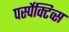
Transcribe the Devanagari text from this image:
पर्स्पेक्टिव्स